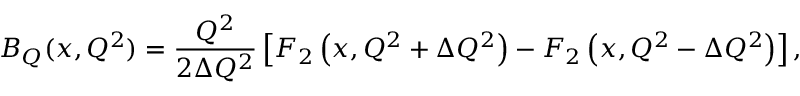
B _ { Q } ( x , Q ^ { 2 } ) = \frac { Q ^ { 2 } } { 2 \Delta Q ^ { 2 } } \left[ F _ { 2 } \left( x , Q ^ { 2 } + \Delta Q ^ { 2 } \right) - F _ { 2 } \left( x , Q ^ { 2 } - \Delta Q ^ { 2 } \right) \right] ,